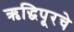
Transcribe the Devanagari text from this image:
ऋद्धिपूरचे